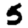
Digit: 5